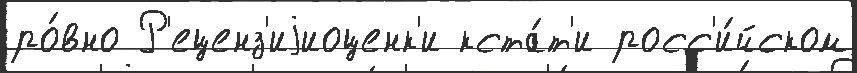
ро́вно Р'еценз'иjиоценк'и кста́т'и росс'и́йском